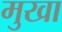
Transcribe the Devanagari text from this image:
मुखा